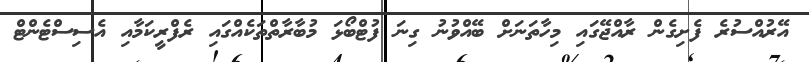
އޭރުއްސުރެ ފެށިގެން ރާއްޖޭގައި މިހާތަނަށް ބޭއްވުނު ގިނަ ފުޓްބޯޅަ މުބާރާތްތަކެއްގައި ރެފްރީކަމާއި އެސިސްޓެންޓް